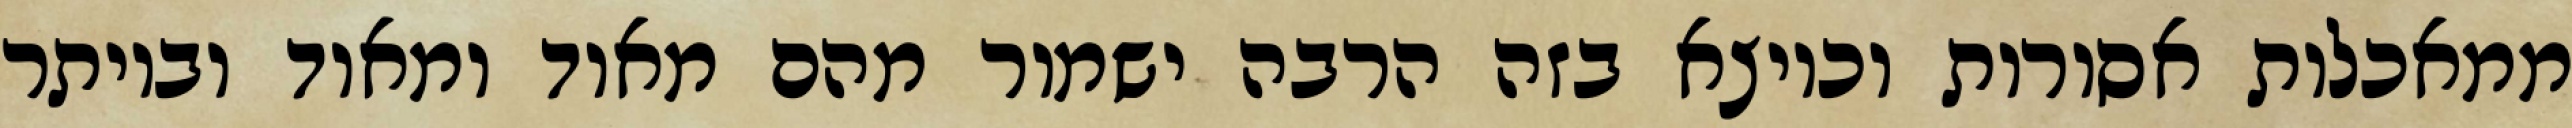
ממאכלות אסורות וכיוצא בזה הרבה ישמור מהם מאוד ומאוד וביותר